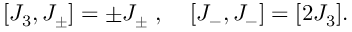
[ J _ { 3 } , J _ { \pm } ] = \pm J _ { \pm } \; , \; \; \; \; [ J _ { - } , J _ { - } ] = [ 2 J _ { 3 } ] .